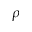
\rho